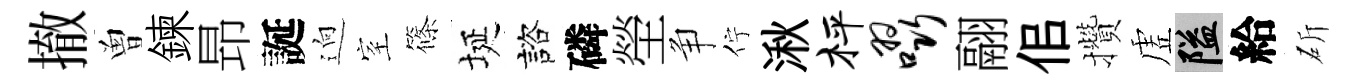
撤曽鍊昻誕逈室篠埏諮磷塋争佇湫枰啜翮佀攢虗隘給斫